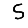
Digit: 5